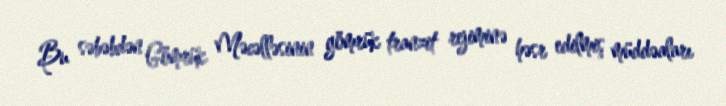
Bu səbəbdən Gömrük Məcəlləsinin gömrük tranzit rejiminə həsr edilmiş müddəaları